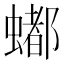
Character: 𬠩